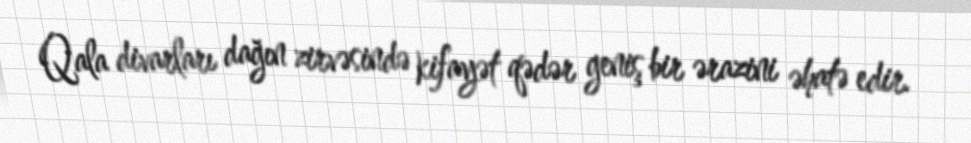
Qala divarları dağın zirvəsində kifayət qədər geniş bir ərazini əhatə edir.